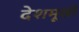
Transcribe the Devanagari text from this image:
देशमूखी